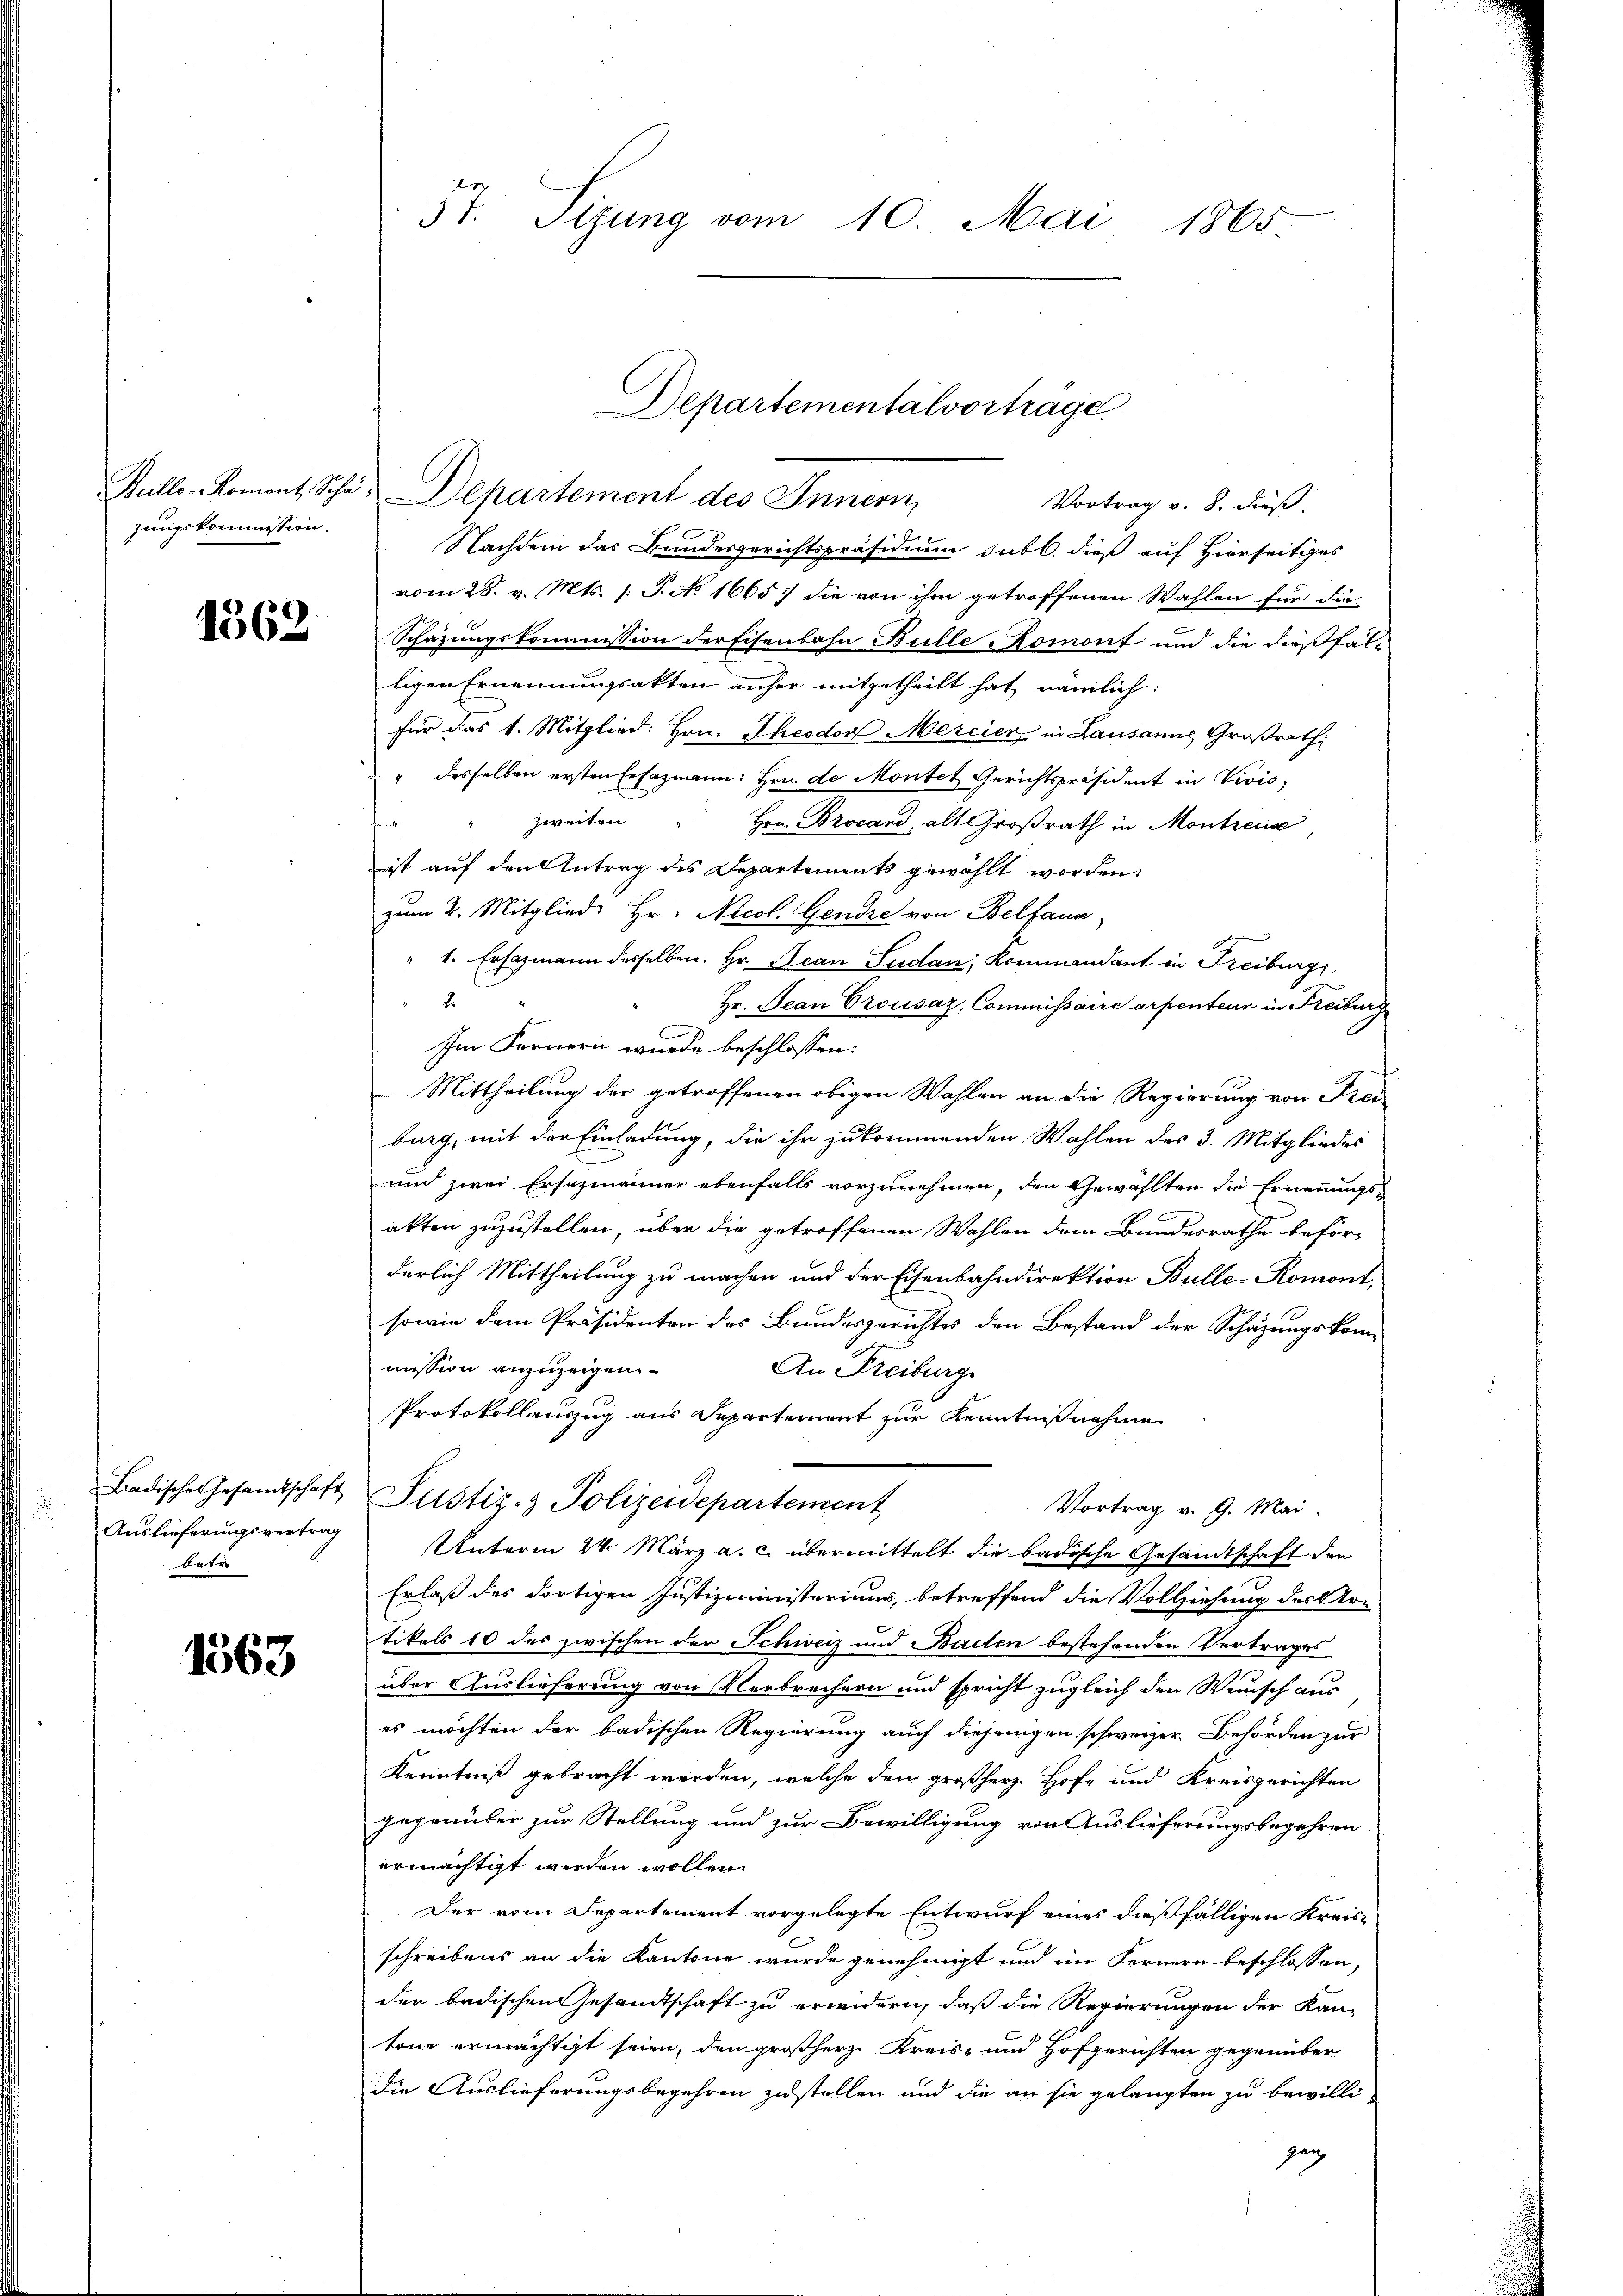
Bulle. Romont, Scha
zungskommission.

1362.

Badische Gesandtschaft
Auslieferungsvertrag
betr

1563

57. Sizung vom 10. Mai 1865

Vortrag v. 8. dieß.
Nachdem das Bundesgerichtspräsidium sub 6. dieß auf Hierseitiges
vom 28. v. Mts. 1. S. No. 1665 die von ihm getroffenen Wahlen für die
Schazungskommission der Eisenbahn Bülle Romont und die dießfal-
ligen Ernennungsakten anher mitgetheilt hat nämlich:
für das 1. Mitglied. Hrn. Theodorf Mercier in Lausanne Großrath
" desselben ersten Ersazmann: Hrn. de Montet Gerichtspräsident in Vivis,
zweiten
Hrn. Brocand, als Großrath in Montreux
ist auf den Antrag des Departements gewählt worden.
zum 2. Mitglied Hr. Nicol. Gendre von Belfana,
1. Ersazmann desselben: Hr. Jean Sudan, Kommandant in Freiburg,
2.
Hr. Bean Crousaz, Commissaire arpenteur in Freiburg
Im Fernern wurde beschlossen:
Mittheilung der getroffenen obigen Wahlen an die Regierung von Frei
burg, mit der Einladung, die ihr zukommenden Wahlen des 3. Mitgliedes
und zwei Ersazmänner ebenfalls vorzunehmen, den Gewählten die Ernennungsakten zuzustellen, über die getroffenen Wahlen dem Bundesrathe beförderlich Mittheilung zu machen und der Eisenbahndirektion Bulle-Romont,
sowie dem Präsidenten des Bundesgerichtes den Bestand der Schazungskom-
mission anzuzeigen.
An Freiburg
Protokollauszug aus Departement zur Kenntnißnahme
Justiz- & Polizeidepartement
Vortrag v. 9. Mai.
Unterm 24. März a. c. übermittelt die badische Gesandtschaft den
Erlaß des dortigen Justizministeriums, betreffend die Vollziehung des Ar-
tikels 10 des zwischen der Schweiz und Baden bestehenden Vertrages
über Auslieferung von Verbrechern und spricht zugleich den Wunsch aus
es möchten der badischen Regierung auch diejenigen schweizer Behörden zur
Kenntniß gebracht werden, welche den großherz Hofe und Kreisgerichten
gegenüber zur Stellung und zur Bewilligung von Auslieferungsbegehren
ermächtigt werden wollen
Der vom Departement vorgelegte Entwurf eines dießfälligen Kreisschreibens an die Kantone wurde genehmigt und im Fernern beschlossen,
der badischen Gesandtschaft zu erwidern, daß die Regierungen der Kan-
tone ermächtigt seien, den großherz. Kreis- und Hofgerichten gegenüber
die Auslieferungsbegehren zustellen und die an sie gelangten zu bewilli-
zen

Departementalvorträge.
Departement des Innern,